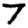
Digit: 7